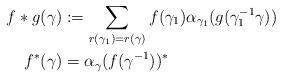
LaTeX: \begin{align*}f*g(\gamma)&:=\sum_{r(\gamma_{1})=r(\gamma)}f(\gamma_{1})\alpha_{\gamma_{1}}(g(\gamma_{1}^{-1}\gamma)) \\f^{*}(\gamma)&=\alpha_{\gamma}(f(\gamma^{-1}))^{*}\end{align*}